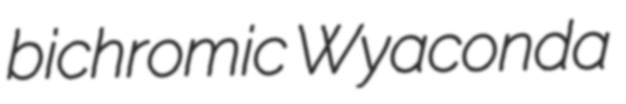
bichromic Wyaconda